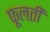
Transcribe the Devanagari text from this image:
फूलतीं